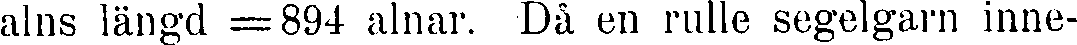
alns längd =894 alnar. Då en rulle segelgarn inne-